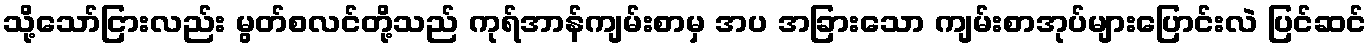
သို့သော်ငြားလည်း မွတ်စလင်တို့သည် ကုရ်အာန်ကျမ်းစာမှ အပ အခြားသော ကျမ်းစာအုပ်များပြောင်းလဲ ပြင်ဆင်